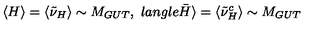
\langle H \rangle = \langle \tilde { \nu } _ { H } \rangle \sim M _ { G U T } , \ l a n g l e \bar { H } \rangle = \langle \tilde { { \nu } } _ { H } ^ { c } \rangle \sim M _ { G U T }